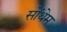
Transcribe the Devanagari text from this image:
सोंथेम